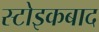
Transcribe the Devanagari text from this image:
स्टोइकबाद